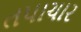
તપાચાર